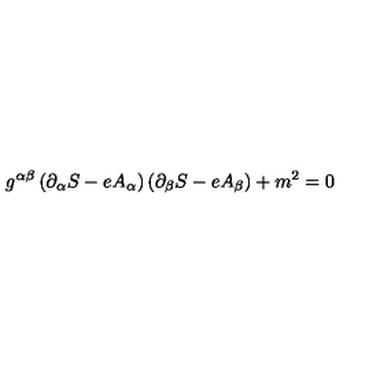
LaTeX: g ^ { \alpha \beta } \left( \partial _ { \alpha } S - e A _ { \alpha } \right) \left( \partial _ { \beta } S - e A _ { \beta } \right) + m ^ { 2 } = 0